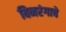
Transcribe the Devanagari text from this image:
बिनरंगाचे